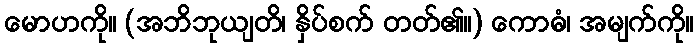
မောဟကို။ (အဘိဘုယျတိ၊ နှိပ်စက် တတ်၏။) ကောဓံ၊ အမျက်ကို။